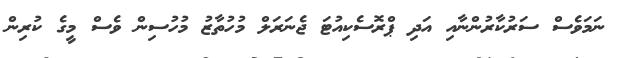
ނަމަވެސް ސަރުކާރުންނާއި އަދި ޕްރޮސެކިއުޓަ ޖެނަރަލް މުހުތާޒު މުހުސިން ވެސް މީގެ ކުރިން